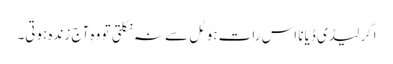
اگر لیڈی ڈیانا اس رات ہوٹل سے نہ نکلتی تو وہ آج زندہ ہوتی۔